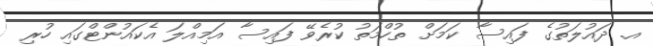
އ. ދައުލަތުގެ ފައިސާ ކަމަށް ތުހްމަތު ކުރެވޭ ފައިސާ އަމިއްލަ އެކައުންޓްގައި ހުރި